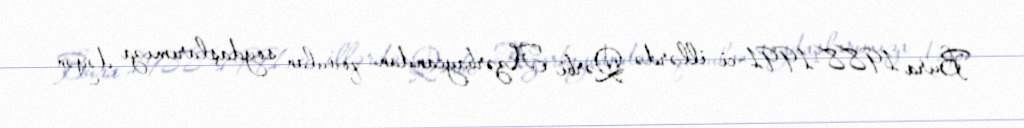
Bura 1988-1991-ci illərdə Qərbi Azərbaycandan qovulan soydaşlarımıza dəyən